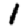
Digit: 1